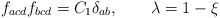
\begin{align*}f_{acd}f_{bcd} = C_1 \delta_{ab}, \qquad \lambda = 1-\xi\end{align*}